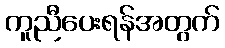
ကူညီပေးရန်အတွက်